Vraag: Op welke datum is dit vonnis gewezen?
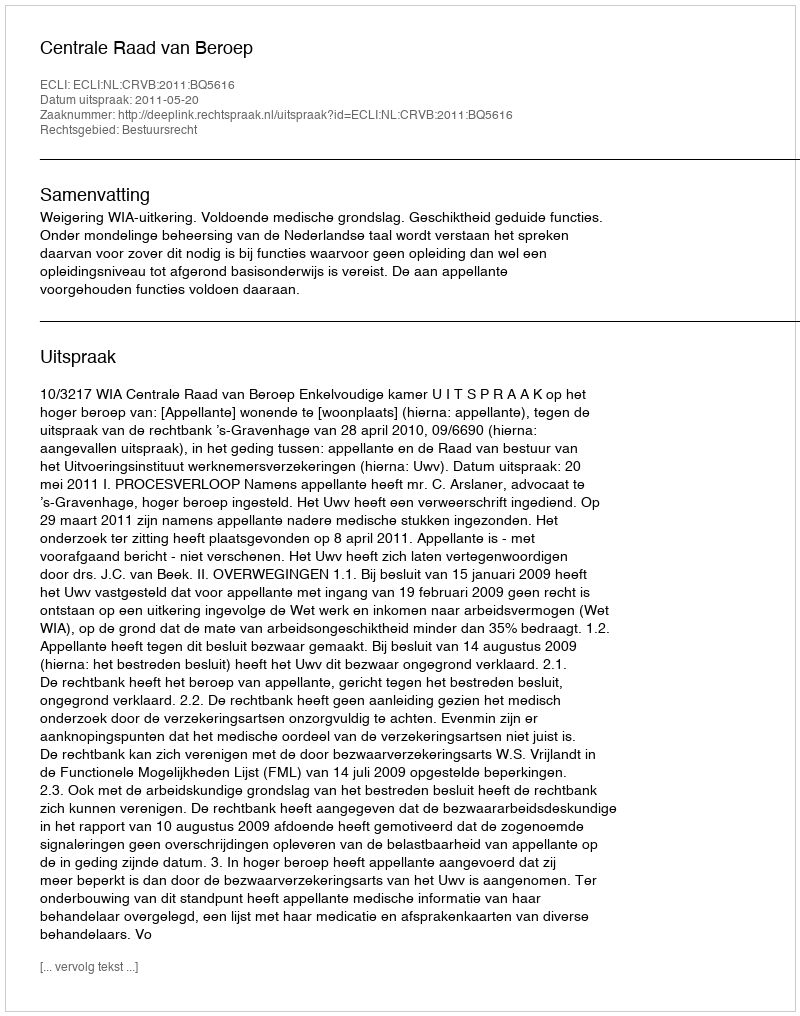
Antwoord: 2011-05-20